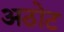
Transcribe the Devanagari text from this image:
अठोट